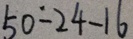
5 0 - 2 4 - 1 6